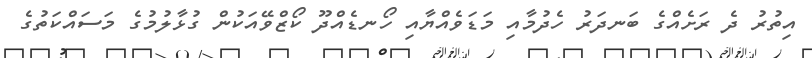
އިތުރު ދެ ރަށެއްގެ ބަނދަރު ހެދުމާއި މަޑަވެއްޔާއި ހޯނޑެއްދޫ ކޯޒްވޭއަކުން ގުޅާލުމުގެ މަސައްކަތުގެ